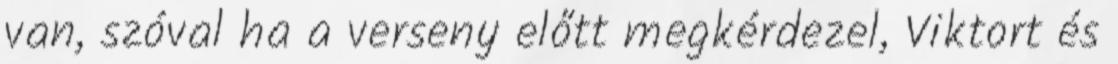
van, szóval ha a verseny előtt megkérdezel, Viktort és